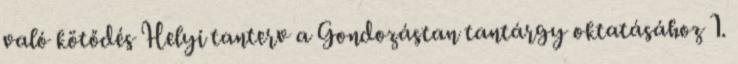
való kötődés Helyi tanterv a Gondozástan tantárgy oktatásához 1.